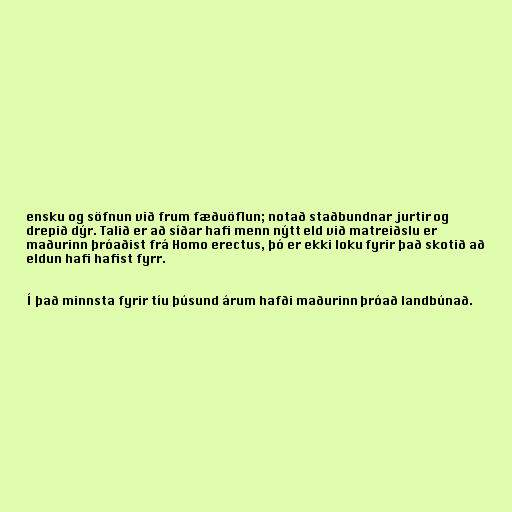
ensku og söfnun við frum fæðuöflun; notað staðbundnar jurtir og
drepið dýr. Talið er að síðar hafi menn nýtt eld við matreiðslu er
maðurinn þróaðist frá Homo erectus, þó er ekki loku fyrir það skotið að
eldun hafi hafist fyrr.

Í það minnsta fyrir tíu þúsund árum hafði maðurinn þróað landbúnað.